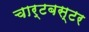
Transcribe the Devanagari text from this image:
चार्टबस्टर